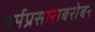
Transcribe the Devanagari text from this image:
धर्मप्रसाराबरोबर